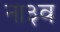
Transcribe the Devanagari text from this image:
ना३व